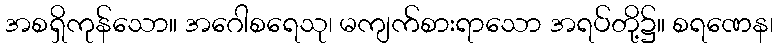
အစရှိကုန်သော။ အဂေါစရေသု၊ မကျက်စားရာသော အရပ်တို့၌။ စရဏေန၊